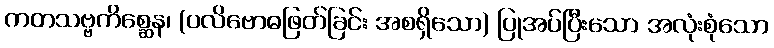
ကတသဗ္ဗကိစ္ဆေန၊ (ပလိဗောဓဖြတ်ခြင်း အစရှိသော) ပြုအပ်ပြီးသော အလုံးစုံသော